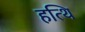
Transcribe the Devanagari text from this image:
हत्थि